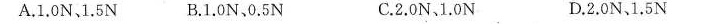
A.1.0N1.5N B.1.0N，0.5N C.2.0N1.0N D.2.0N1.5N